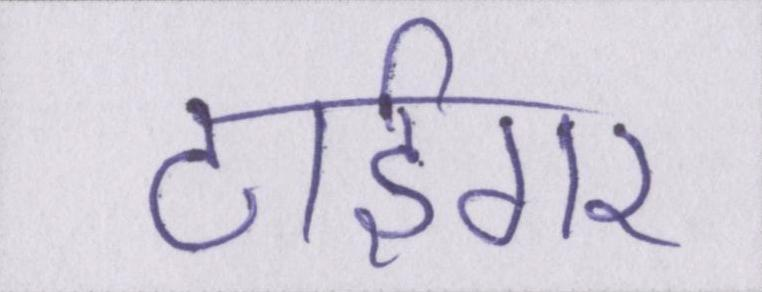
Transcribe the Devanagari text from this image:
टाईगर